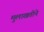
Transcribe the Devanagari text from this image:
मुलाखतीने